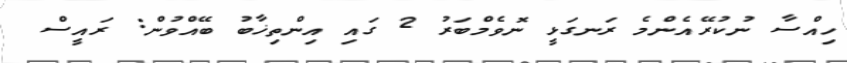
ހިއްސާ ނުކުރޭއެންމެ ރަނގަޅީ ނޮވެމްބަރު 2 ގައި އިންތިޚާބު ބޭއްވުން: ރައީސް